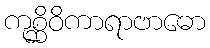
ကုစ္ဆိဝိကာရာဗာဓော